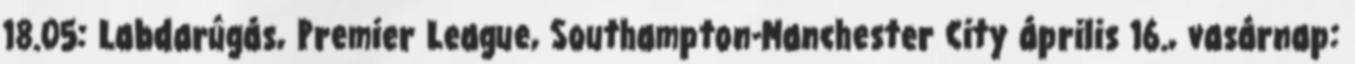
18.05: Labdarúgás, Premier League, Southampton-Manchester City április 16., vasárnap: